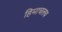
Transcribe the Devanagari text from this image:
हिमाचलय